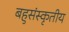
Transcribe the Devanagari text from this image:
बहुसंस्कृतीय